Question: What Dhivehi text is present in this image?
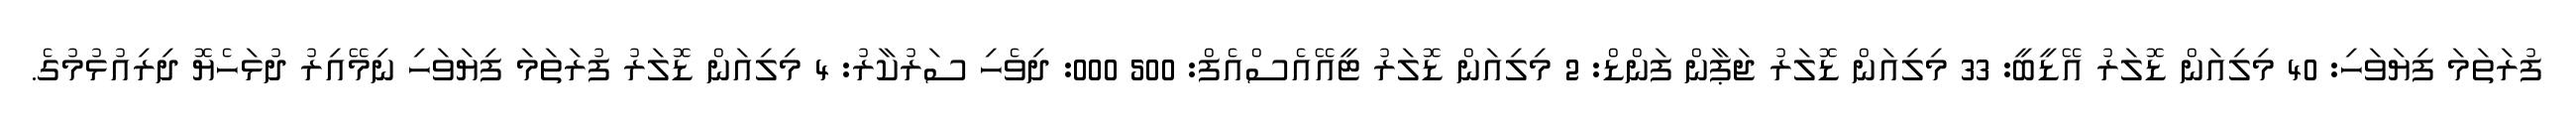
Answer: ފުރަތަމަ ފިޔަވަހި: 40 މިލިއަން ޑޮލަރު އޭޑީބީ: 33 މިލިއަން ޑޮލަރު ޖަޕާން ފަންޑް: 2 މިލިއަން ޑޮލަރު ޓީއޭއެސްއެފް: 500 000: ދިވެހި ސަރުކާރު: 4 މިލިއަން ޑޮލަރު ފުރަތަމަ ފިޔަވަހި ނިމޭއިރު ދުޅަހެޔޮ ދިރިއުޅުމުގެ.